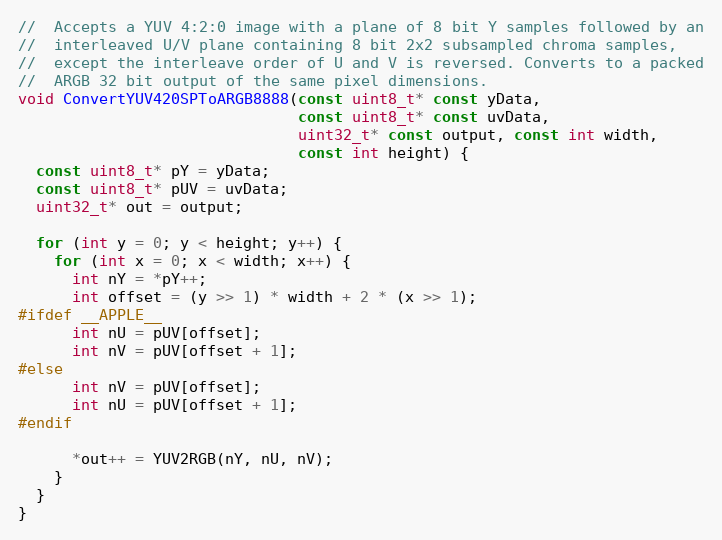
Language: C++
//  Accepts a YUV 4:2:0 image with a plane of 8 bit Y samples followed by an
//  interleaved U/V plane containing 8 bit 2x2 subsampled chroma samples,
//  except the interleave order of U and V is reversed. Converts to a packed
//  ARGB 32 bit output of the same pixel dimensions.
void ConvertYUV420SPToARGB8888(const uint8_t* const yData,
                               const uint8_t* const uvData,
                               uint32_t* const output, const int width,
                               const int height) {
  const uint8_t* pY = yData;
  const uint8_t* pUV = uvData;
  uint32_t* out = output;

  for (int y = 0; y < height; y++) {
    for (int x = 0; x < width; x++) {
      int nY = *pY++;
      int offset = (y >> 1) * width + 2 * (x >> 1);
#ifdef __APPLE__
      int nU = pUV[offset];
      int nV = pUV[offset + 1];
#else
      int nV = pUV[offset];
      int nU = pUV[offset + 1];
#endif

      *out++ = YUV2RGB(nY, nU, nV);
    }
  }
}